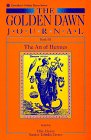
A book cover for The Golden Dawn Journal : Book III : The Art Of Hermes (Llewellyn golden dawn) (Bk.3); Chic Cicero; Religion & Spirituality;